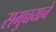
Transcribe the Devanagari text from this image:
समुच्चयाने